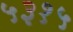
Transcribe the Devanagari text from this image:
५३१५